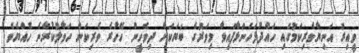
ވީއިރު އަނިޔާވެރިކަމުގައި ހައްދުފަހަނަޅާފައިވާ މިވަރުގެ ބަޔަކަށް ދިވެހީން ހޭހުރެ ވެރިކަން ހަވާލުކުރާނެ ހެއްޔެވެ